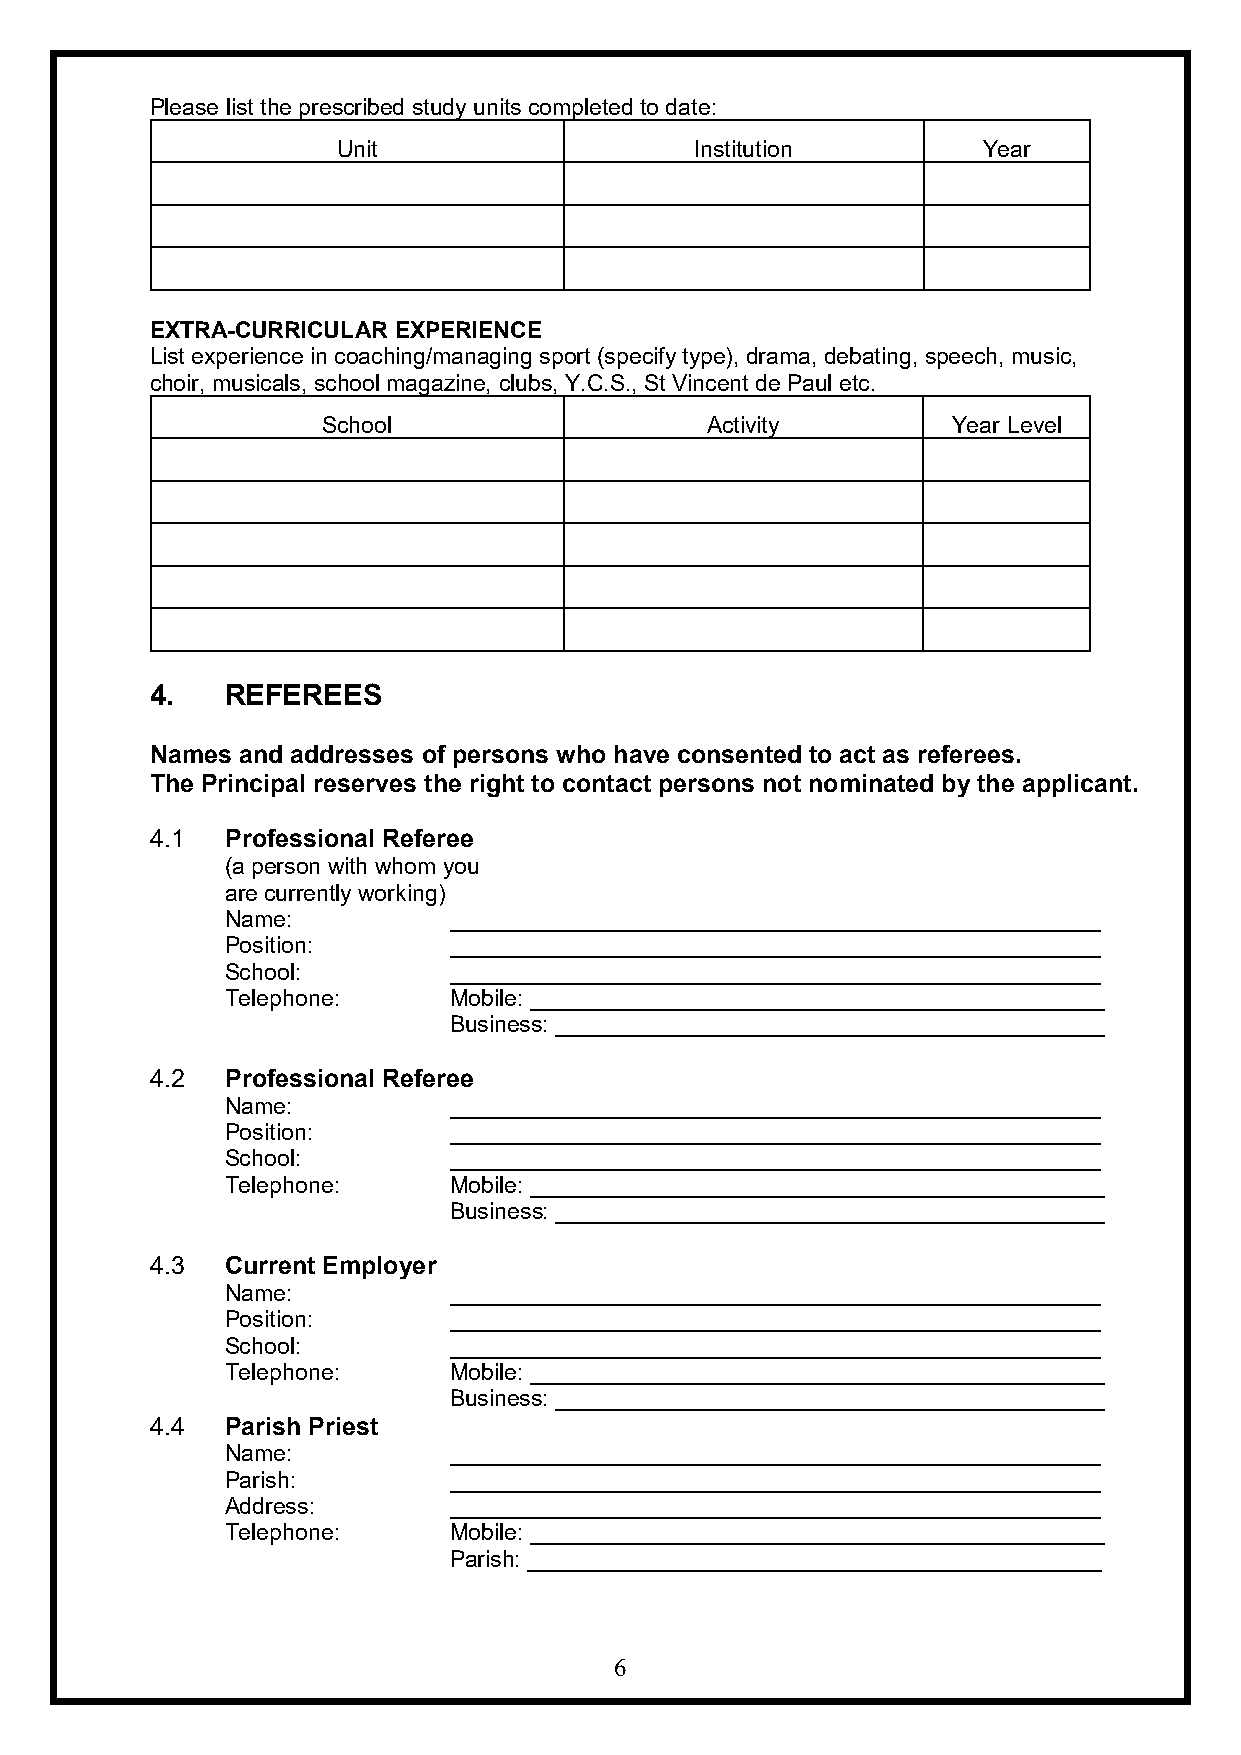
Please list the prescribed study units completed to date:
 Unit                    Institution        Year
 EXTRA-CURRICULAR EXPERIENCE
 List experience in coaching/managing sport (specify type), drama, debating, speech, music,
 choir, musicals, school magazine, clubs, Y.C.S., St Vincent de Paul etc.
 School                    Activity        Year Level
 4.   REFEREES
 Names and addresses of persons who have consented to act as referees.
 The Principal reserves the right to contact persons not nominated by the applicant.
 4.1  Professional Referee
 (a person with whom you
 are currently working)
 Name:          ___________________________________________________
 Position:      ___________________________________________________
 School:        ___________________________________________________
 Telephone:     Mobile: _____________________________________________
 Business: ___________________________________________
 4.2  Professional Referee
 Name:          ___________________________________________________
 Position:      ___________________________________________________
 School:        ___________________________________________________
 Telephone:     Mobile: _____________________________________________
 Business: ___________________________________________
 4.3  Current Employer
 Name:          ___________________________________________________
 Position:      ___________________________________________________
 School:        ___________________________________________________
 Telephone:     Mobile: _____________________________________________
 Business: ___________________________________________
 4.4  Parish Priest
 Name:          ___________________________________________________
 Parish:        ___________________________________________________
 Address:       ___________________________________________________
 Telephone:     Mobile: _____________________________________________
 Parish: _____________________________________________
 6